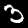
Digit: 3